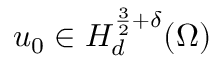
u _ { 0 } \in H _ { d } ^ { \frac { 3 } { 2 } + \delta } ( \Omega )